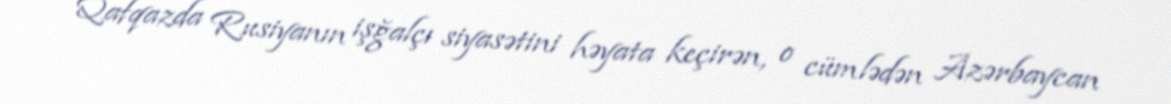
Qafqazda Rusiyanın işğalçı siyasətini həyata keçirən, o cümlədən Azərbaycan